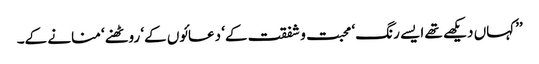
’’کہاں دیکھے تھے ایسے رنگ ‘ محبت و شفقت کے‘ دعائوں کے‘ روٹھنے‘ منانے کے۔